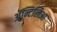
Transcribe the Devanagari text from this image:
अॅन्टिलिआ